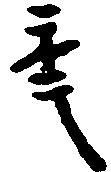
年